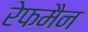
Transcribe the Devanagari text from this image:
रेफमैन